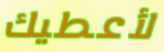
لأعطيك